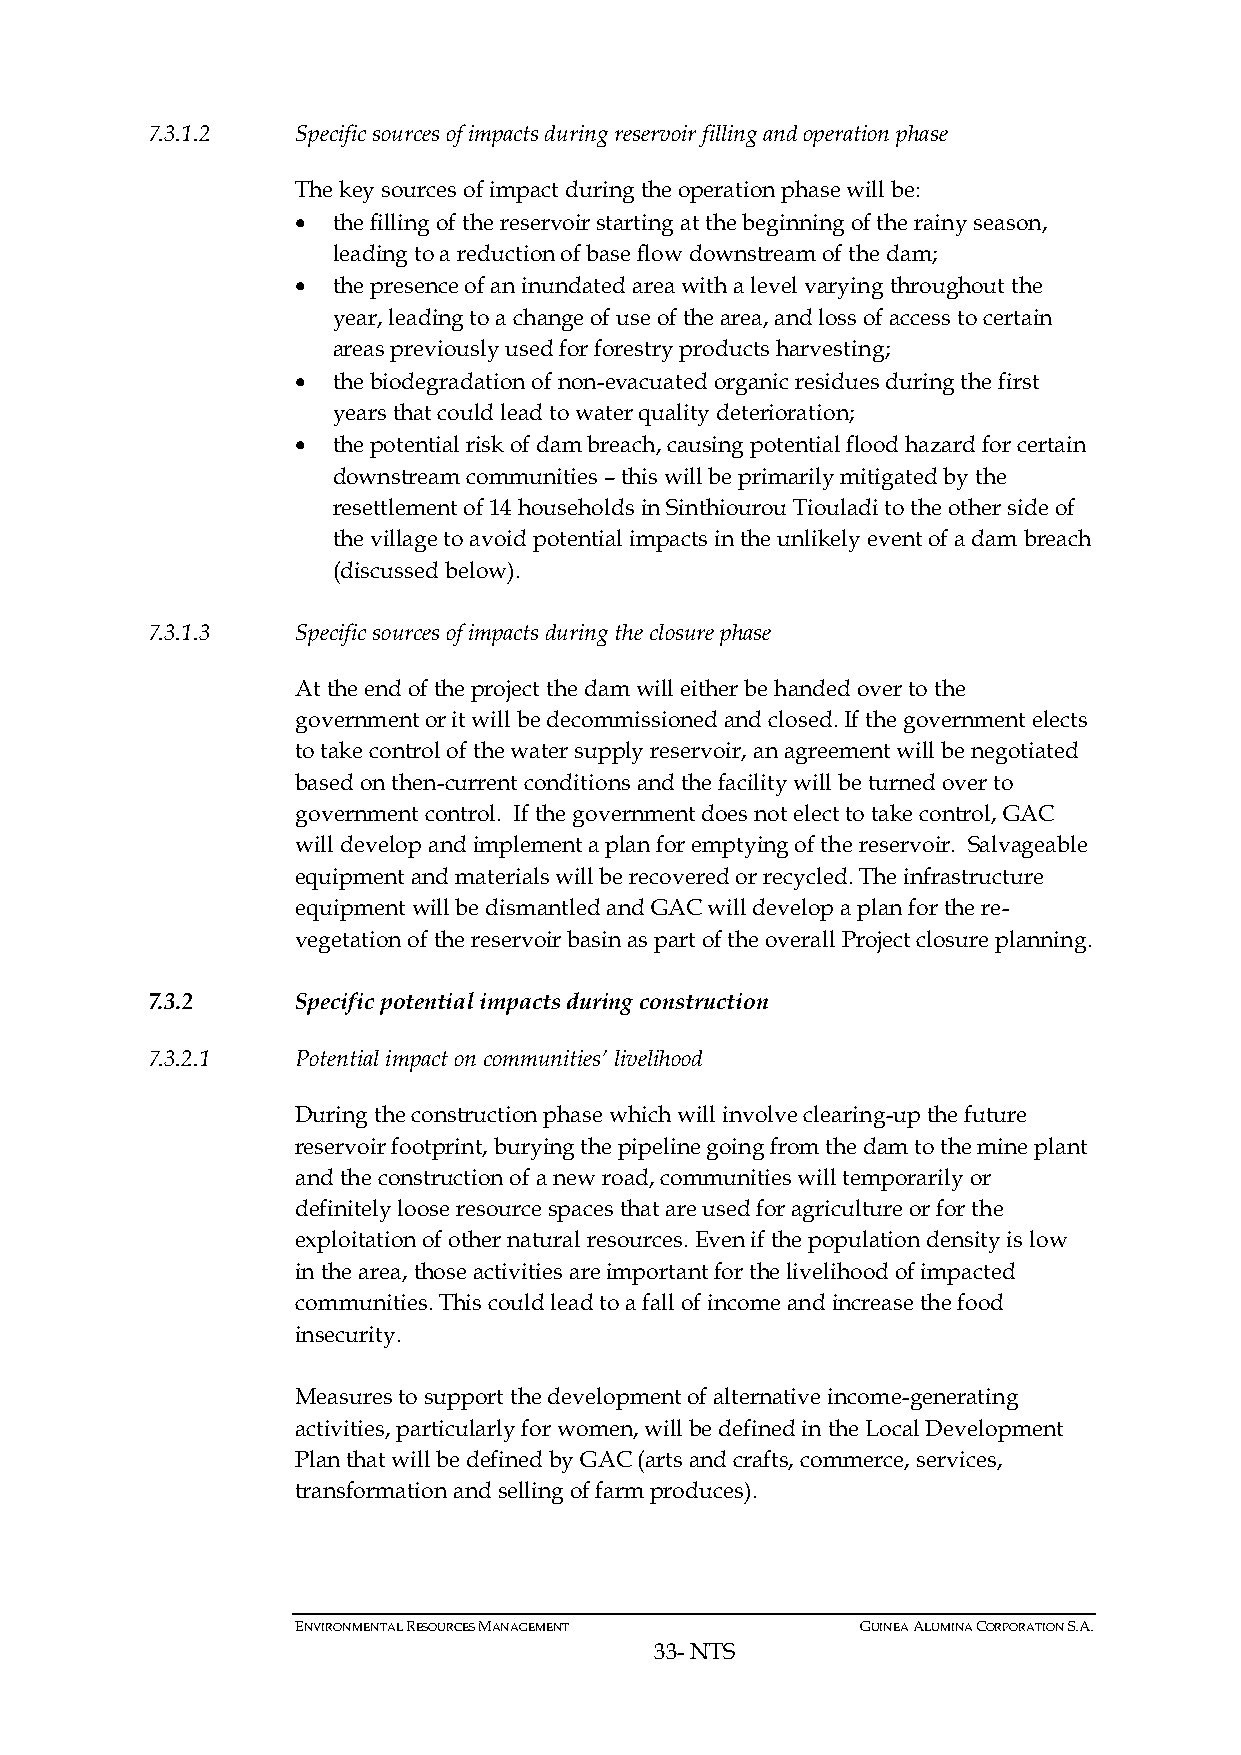
7.3.1.2   Specific sources of impacts during reservoir filling and operation phase
 The key sources of impact during the operation phase will be:
 • the filling of the reservoir starting at the beginning of the rainy season,
 leading to a reduction of base flow downstream of the dam;
 • the presence of an inundated area with a level varying throughout the
 year, leading to a change of use of the area, and loss of access to certain
 areas previously used for forestry products harvesting;
 • the biodegradation of non-evacuated organic residues during the first
 years that could lead to water quality deterioration;
 • the potential risk of dam breach, causing potential flood hazard for certain
 downstream communities – this will be primarily mitigated by the
 resettlement of 14 households in Sinthiourou Tiouladi to the other side of
 the village to avoid potential impacts in the unlikely event of a dam breach
 (discussed below).
 7.3.1.3   Specific sources of impacts during the closure phase
 At the end of the project the dam will either be handed over to the
 government or it will be decommissioned and closed. If the government elects
 to take control of the water supply reservoir, an agreement will be negotiated
 based on then-current conditions and the facility will be turned over to
 government control. If the government does not elect to take control, GAC
 will develop and implement a plan for emptying of the reservoir. Salvageable
 equipment and materials will be recovered or recycled. The infrastructure
 equipment will be dismantled and GAC will develop a plan for the re-
 vegetation of the reservoir basin as part of the overall Project closure planning.
 7.3.2     Specific potential impacts during construction
 7.3.2.1   Potential impact on communities’ livelihood
 During the construction phase which will involve clearing-up the future
 reservoir footprint, burying the pipeline going from the dam to the mine plant
 and the construction of a new road, communities will temporarily or
 definitely loose resource spaces that are used for agriculture or for the
 exploitation of other natural resources. Even if the population density is low
 in the area, those activities are important for the livelihood of impacted
 communities. This could lead to a fall of income and increase the food
 insecurity.
 Measures to support the development of alternative income-generating
 activities, particularly for women, will be defined in the Local Development
 Plan that will be defined by GAC (arts and crafts, commerce, services,
 transformation and selling of farm produces).
 ENVIRONMENTAL RESOURCES MANAGEMENT   GUINEA ALUMINA CORPORATION S.A.
 33- NTS